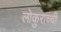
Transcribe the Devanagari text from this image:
लोकुराच्ची